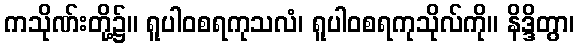
ကသိုဏ်းတို့၌။ ရူပါဝစရကုသလံ၊ ရူပါဝစရကုသိုလ်ကို။ နိဒ္ဒိတွာ၊